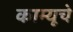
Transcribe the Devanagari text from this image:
काम्यूचे